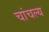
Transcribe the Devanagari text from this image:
चांचल्य